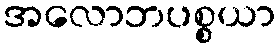
အလောဘပစ္စယာ